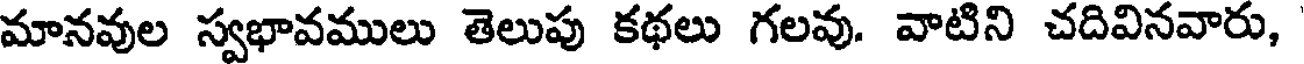
మానవుల స్వభావములు తెలుపు కథలు గలవు. వాటిని చదివినవారు,